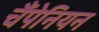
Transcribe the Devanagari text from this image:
चैंपेनियन